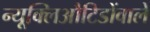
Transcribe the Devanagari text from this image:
न्यूक्लिऔटिडोंवाले